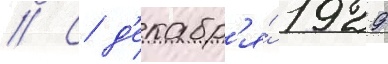
// С д'екабр'я́ 1929